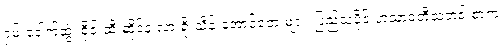
ရှမ်းခေါက်ဆွဲ၊ စိုင်းထီးဆိုင်နဲ့ လားရှိုးသိန်းအောင်တေးများ၊ ပြည်သူပိုင် ဟံသာဝတီသတင်းစာက